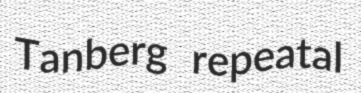
Tanberg repeatal